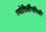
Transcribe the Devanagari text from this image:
ज्योतिर्लींगांपैकी